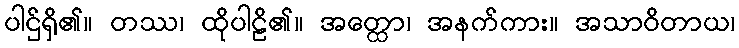
ပါဌ်ရှိ၏။ တဿ၊ ထိုပါဠိ၏။ အတ္ထော၊ အနက်ကား။ အသာဝိတာယ၊